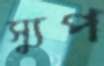
স্যুপ